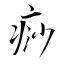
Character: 痧